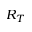
R _ { T }